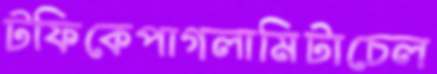
টফিকেপাগলামিটাচেল